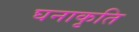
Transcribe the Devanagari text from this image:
घनाकृति